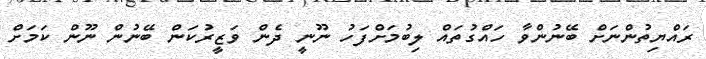
ރައްޔިތުންނަށް ބޭނުންވާ ހައްގުތައް ލިބުމަށްފަހު ނޫނީ ދެން ވަޒީރުކަން ބޭނުން ނޫން ކަމަށް